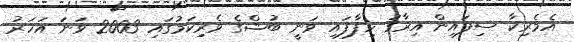
އެމެރިކާ ސިފައިން އިރާގު ހިފާފައި ވަނީ ބުޝްގެ ވެރިކަމުގައި 2003 ވަނަ އަހަރު